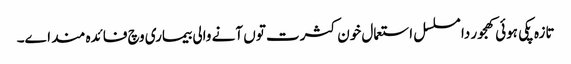
تازہ پکی ہوئی کھجور دا مسلسل استعمال خون کثرت تو‏ں آنے والی بیماری وچ فائدہ مند ا‏‏ے۔